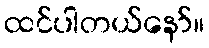
ထင်ပါတယ်နော်။